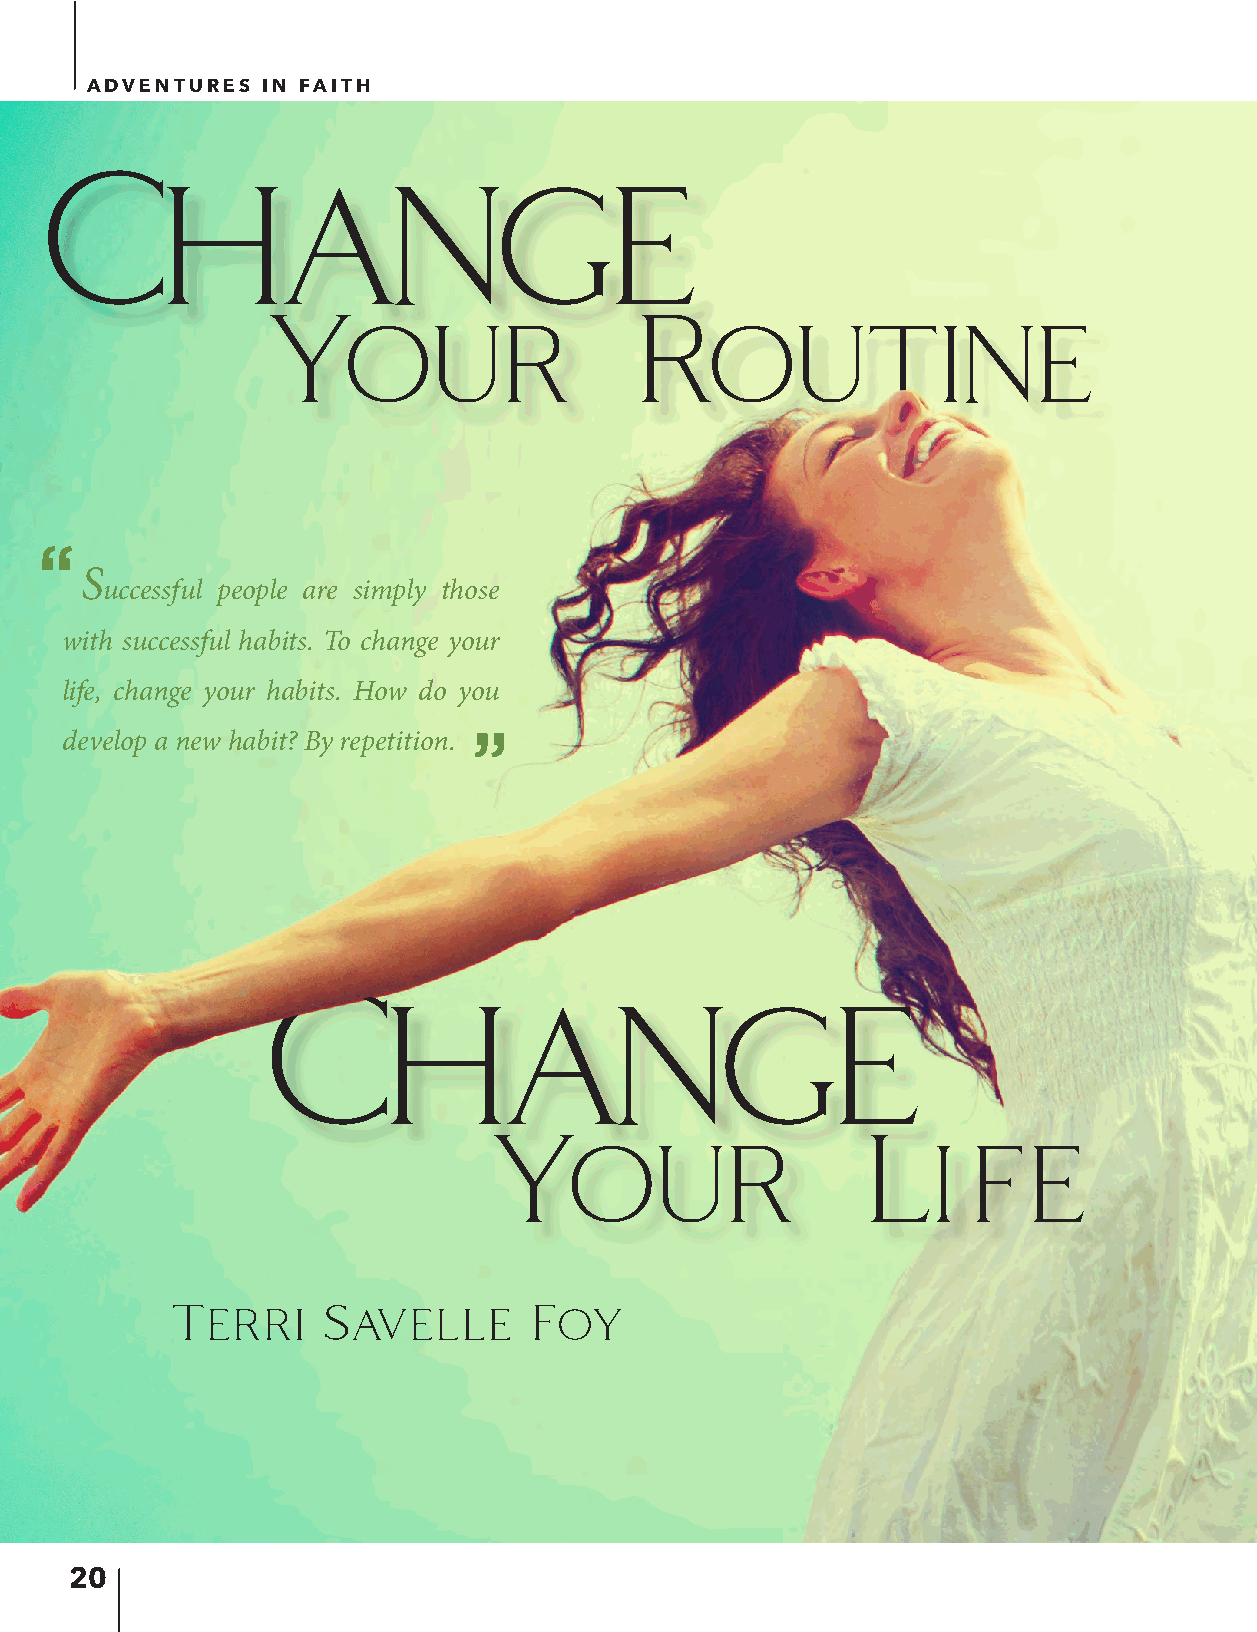
ADVENTURES IN FAITH
 Change
 Your                     Routine
 “
 S
 uccessful people are simply those
 with successful habits. To change your
 life, change your habits. How do you
 “
 develop a new habit? By repetition.
 Change
 Your                     Li     fe
 Terri     Savelle       Foy
 20